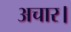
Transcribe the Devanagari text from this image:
अचार।